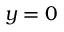
y = 0